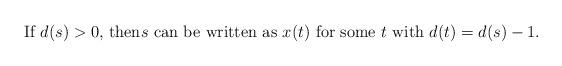
LaTeX: \begin{align*}\begin{minipage}[c]{35pc}If $d(s)>0,$ then$s$ can be written as $x(t)$ for some $t$ with $d(t) = d(s)-1.$\end{minipage}\end{align*}